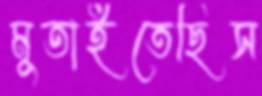
মুতাইতেছিস